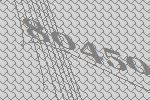
80450